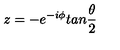
z = - e ^ { - i \phi } t a n \frac { \theta } { 2 }